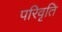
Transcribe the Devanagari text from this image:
परिवृति